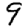
Digit: 9